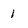
Character: 1